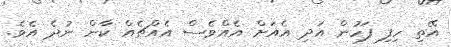
އޭތި ހިފި ފަހުން އަދި އެއަށް އެއްވެސް އެއްޗެއް ކާން ނުދެ އެވެ.